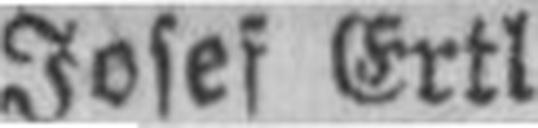
Josef Ertl